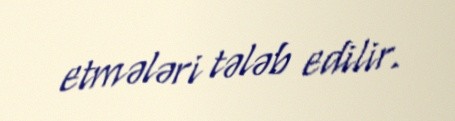
etmələri tələb edilir.